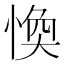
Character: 愌